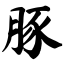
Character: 豚